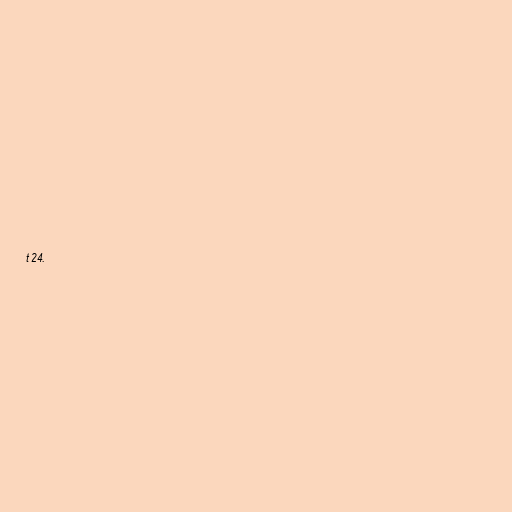
t 24.